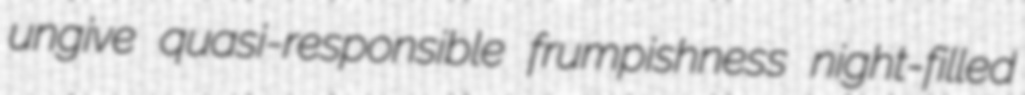
ungive quasi-responsible frumpishness night-filled